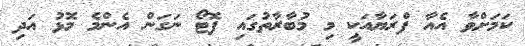
ކަމަށްވާ އެއާ ފްރަޔާއަކީ މި މުބާރާތުގައި ފޮޓޯ ނަގަން އެންމެ މޮޅު އަދި